Civil Veterinary Department. Madras. Admin. report 1926-33 - 1926-1933
Year: 1926
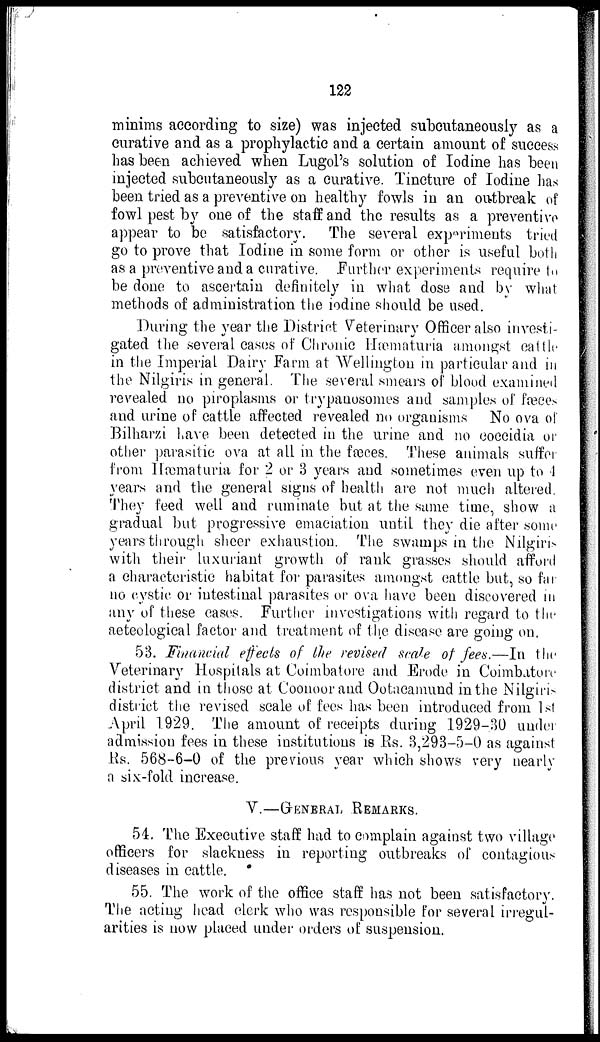
122
minims according to size) was injected subcutaneously as a
curative and as a prophylactic and a certain amount of success
has been achieved when Lugol's solution of Iodine has been
injected subcutaneously as a curative. Tincture of Iodine has
been tried as a preventive on healthy fowls in an outbreak of
fowl pest by one of the staff and the results as a preventive
appear to be satisfactory. The several experiments tried
go to prove that Iodine in some form or other is useful both
as a preventive and a curative. Further experiments require to
be done to ascertain definitely in what dose and by what
methods of administration the iodine should be used.
During the year the District Veterinary Officer also investi-
gated the several cases of Chronic Hæmaturia amongst cattle
in the Imperial Dairy Farm at Wellington in particular and in
the Nilgiris in general. The several smears of blood examined
revealed no piroplasms or trypanosomes and samples of fæces
and urine of cattle affected revealed no organisms No ova of
Bilharzi have been detected in the urine and no coccidia or
other parasitic ova at all in the fæces. These animals suffer
from Hæmaturia for 2 or 3 years and sometimes even up to 4
years and the general signs of health are not much altered.
They feed well and ruminate but at the same time, show a
gradual but progressive emaciation until they die after some
years through sheer exhaustion. The swamps in the Nilgiris
with their luxuriant growth of rank grasses should afford
a characteristic habitat for parasites amongst cattle but, so far
no cystic or intestinal parasites or ova have been discovered in
any of these cases. Further investigations with regard to the
aeteological factor and treatment of the disease are going on.
53. Financial ef f ect s of the revised scale of fees.—In the
Veterinary Hospitals at Coimbatore and Erode in Coimbatore
district and in those at Coonoor and Ootacamund in the Nilgiris
district the revised scale of fees has been introduced from 1st
April 1929. The amount of receipts during 1929-30 under
admission fees in these institutions is Rs. 3,293-5-0 as against
Rs. 568-6-0 of the previous year which shows very nearly
a six-fold increase.
V.—GENERAL REMARKS.
54. The Executive staff had to complain against two village
officers for slackness in reporting outbreaks of contagious
diseases in cattle.
55. The work of the office staff has not been satisfactory.
The acting head clerk who was responsible for several irregul-
arities is now placed under orders of suspension.